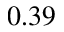
0 . 3 9